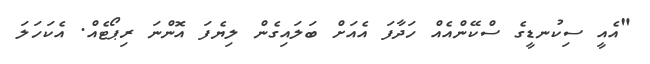
"އެއީ ސިކުނޑީގެ ސްކޭންއެއް ހަދާފަ އެއަށް ބަލައިގެން ލިޔެފަ އޮންނަ ރިޕޯޓެއް. އެކަހަލަ